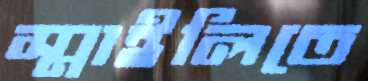
স্মাইলিতে